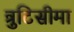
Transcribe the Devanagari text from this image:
त्रुटिसीमा